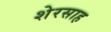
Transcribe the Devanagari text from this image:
शेरसाह